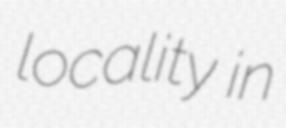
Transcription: locality in